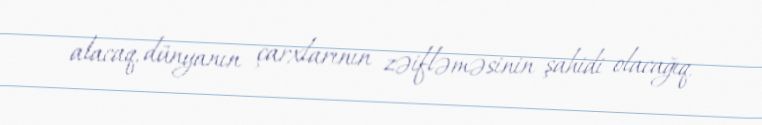
alacaq, dünyanın çarxlarının zəifləməsinin şahidi olacağıq.